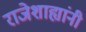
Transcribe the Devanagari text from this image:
राजेशाह्यांनी